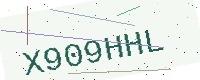
Text: X909HHL